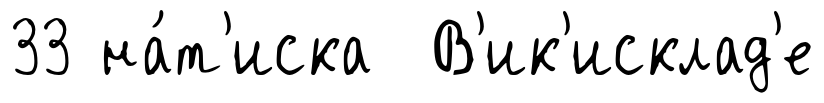
33 на́т'иска В'ик'исклад'е